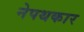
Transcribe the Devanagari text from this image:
नेपथकार